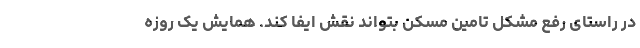
در راستای رفع مشکل تامین مسکن بتواند نقش ایفا کند. همایش یک روزه